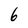
Character: 6